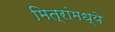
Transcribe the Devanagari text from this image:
मित्रांमध्ये